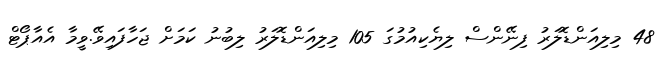
48 މިލިއަންޑޮލަރު ފިނޭންސް ލިޔެކިއުމުގަ 105 މިލިއަންޑޮލަރު ލިބުނު ކަމަށް ޖަހާފައިވޭ.ވީމާ އެއާޕޯޓް